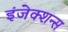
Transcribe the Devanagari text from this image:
इंजेक्शन्स